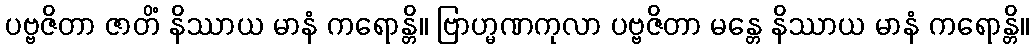
ပဗ္ဗဇိတာ ဇာတိံ နိဿာယ မာနံ ကရောန္တိ။ ဗြာဟ္မဏကုလာ ပဗ္ဗဇိတာ မန္တေ နိဿာယ မာနံ ကရောန္တိ။